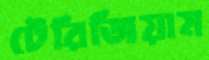
টেরিজিয়াম